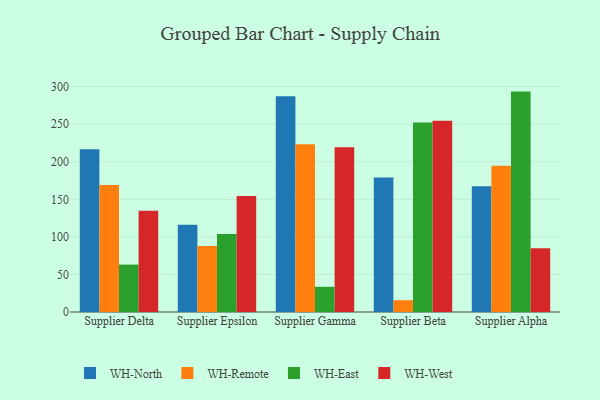
{"axis": {"x": "Supplier", "y": "Latency (ms)"}, "legend": ["WH-East", "WH-North", "WH-Remote", "WH-West"], "data": [{"x": "Supplier Delta", "y": 216.6, "type": "WH-North"}, {"x": "Supplier Delta", "y": 169.0, "type": "WH-Remote"}, {"x": "Supplier Delta", "y": 63.1, "type": "WH-East"}, {"x": "Supplier Delta", "y": 134.8, "type": "WH-West"}, {"x": "Supplier Epsilon", "y": 116.2, "type": "WH-North"}, {"x": "Supplier Epsilon", "y": 87.9, "type": "WH-Remote"}, {"x": "Supplier Epsilon", "y": 103.8, "type": "WH-East"}, {"x": "Supplier Epsilon", "y": 154.5, "type": "WH-West"}, {"x": "Supplier Gamma", "y": 287.3, "type": "WH-North"}, {"x": "Supplier Gamma", "y": 223.4, "type": "WH-Remote"}, {"x": "Supplier Gamma", "y": 33.5, "type": "WH-East"}, {"x": "Supplier Gamma", "y": 219.3, "type": "WH-West"}, {"x": "Supplier Beta", "y": 179.2, "type": "WH-North"}, {"x": "Supplier Beta", "y": 15.7, "type": "WH-Remote"}, {"x": "Supplier Beta", "y": 252.2, "type": "WH-East"}, {"x": "Supplier Beta", "y": 254.6, "type": "WH-West"}, {"x": "Supplier Alpha", "y": 167.5, "type": "WH-North"}, {"x": "Supplier Alpha", "y": 194.7, "type": "WH-Remote"}, {"x": "Supplier Alpha", "y": 293.4, "type": "WH-East"}, {"x": "Supplier Alpha", "y": 84.9, "type": "WH-West"}]}